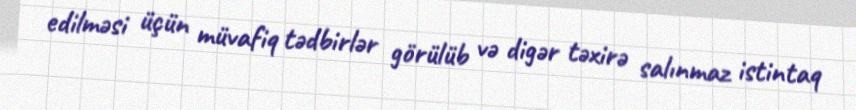
edilməsi üçün müvafiq tədbirlər görülüb və digər təxirə salınmaz istintaq